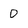
Character: 0